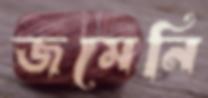
জমেনি